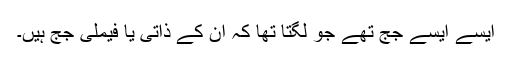
ایسے ایسے جج تھے جو لگتا تھا کہ ان کے ذاتی یا فیملی جج ہیں۔